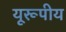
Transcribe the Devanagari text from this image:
यूरूपीय